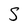
Character: S